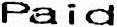
PAID